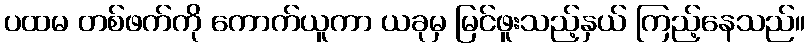
ပထမ တစ်ဖက်ကို ကောက်ယူကာ ယခုမှ မြင်ဖူးသည့်နှယ် ကြည့်နေသည်။